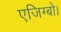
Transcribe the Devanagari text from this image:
एजिग्बो।